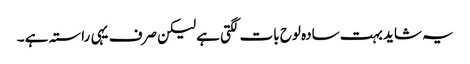
یہ شاید بہت سادہ لوح بات لگتی ہے لیکن صرف یہی راستہ ہے ۔